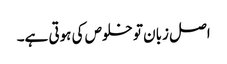
اصل زبان تو خلوص کی ہوتی ہے۔